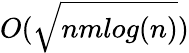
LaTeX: O({\sqrt{nmlog(n)}})